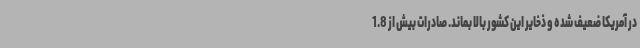
در آمریکا ضعیف شده و ذخایر این کشور بالا بماند. صادرات بیش از 1.8